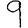
Digit: 9